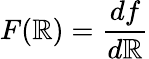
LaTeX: F(\mathbb{R})={\frac{{df}}{{d\mathbb{R}}}}